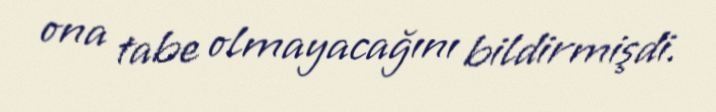
ona tabe olmayacağını bildirmişdi.